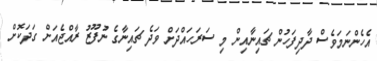
އެހެންނަމަވެސް ދާދިފަހުން ޗައިނާއިން މި ސަރަހައްދަށް ވަދެ ޗައިނާގެ ނުފޫޒު ރާއްޖެއަށް ގަދަކޮށް